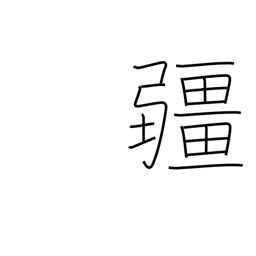
Meaning: boundary